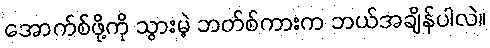
အောက်စ်ဖို့ကို သွားမဲ့ ဘတ်စ်ကားက ဘယ်အချိန်ပါလဲ။